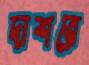
দাশরে